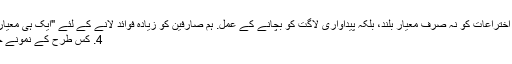
ہم نے ہمیشہ ٹیکنالوجی اختراعات کو نہ صرف معیار بلند، بلکہ پیداواری لاگت کو بچانے کے عمل. ہم صارفین کو زیادہ فوائد لانے کے لئے "ایک ہی معیار، کم قیمت" پر اصرار.
4. کس طرح کے نمونے حاصل کرنے کے لئے؟